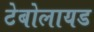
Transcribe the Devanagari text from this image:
टेबोलायड